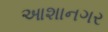
આશાનગર